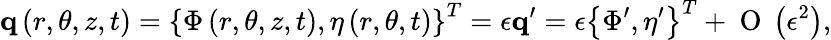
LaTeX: \mathbf{q}\left(r,\theta,z,t\right)=\left\{ \Phi\left(r,\theta,z,t\right),\eta\left(r,\theta,t\right)\right\} ^{T}=\epsilon\mathbf{q}^{\prime}=\epsilon\left\{ \Phi^{\prime},\eta^{\prime}\right\} ^{T}+\mathrm{~O~}\left(\epsilon^{2}\right),